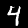
Digit: 4